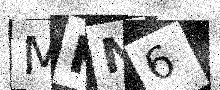
Text: MKN6